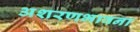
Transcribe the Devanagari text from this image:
अशरणभावना